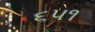
૬૫૧